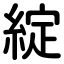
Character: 綻